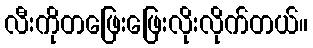
လီးကိုတဖြေးဖြေးလိုးလိုက်တယ်။